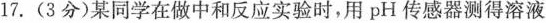
17.(3分)某同学在做中和反应实验时，用pH传感器测得溶液